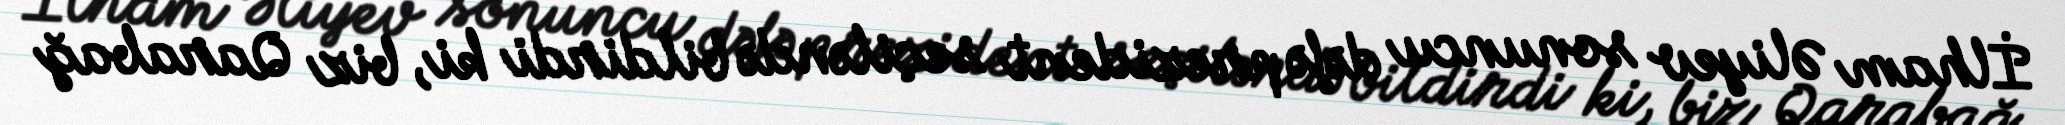
İlham Əliyev sonuncu dəfə prezident seçiləndə bildirdi ki, biz Qarabağ